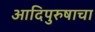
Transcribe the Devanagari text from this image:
आदिपुरुषाचा